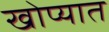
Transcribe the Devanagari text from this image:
खोप्यात